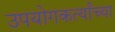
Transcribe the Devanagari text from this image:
उपयोगकर्त्यांच्या